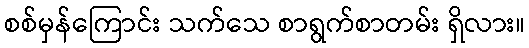
စစ်မှန်ကြောင်း သက်သေ စာရွက်စာတမ်း ရှိလား။